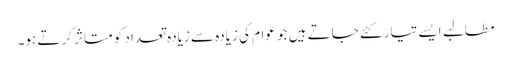
مطالبے ایسے تیار کئے جاتے ہیں جو عوام کی زیادہ سے زیادہ تعداد کو متاثر کرتے ہو۔